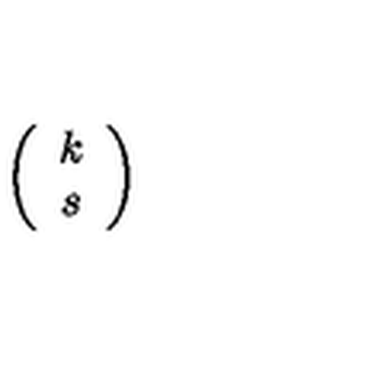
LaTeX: \left( \begin{array} { c } { k } \\ { s } \\ \end{array} \right)